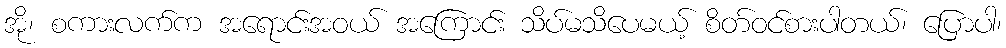
အို၊ စကားလက်က အရောင်းအဝယ် အကြောင်း သိပ်မသိပေမယ့် စိတ်ဝင်စားပါတယ်၊ ပြောပါ၊